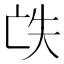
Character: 𠅎